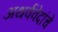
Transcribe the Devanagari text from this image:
अथर्ववेदांचे